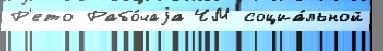
Р'ето Рабо́чаjа ЧМ социа́льной